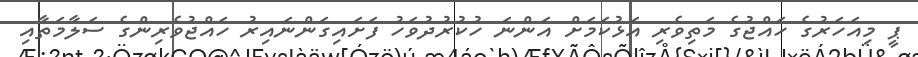
ޕީ މިއަހަރުގެ ހައްޖުގެ މަތިވެރި އަޅުކަމަށް އަންނަ ހުކުރުދުވަހު ފަށައިގަންނައިރު ހައްޖުވެރިންގެ ސަލާމަތާއި